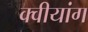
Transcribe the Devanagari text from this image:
क्वीयांग